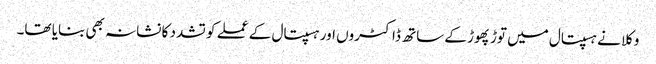
وکلا نے ہسپتال میں توڑ پھوڑ کے ساتھ ڈاکٹروں اور ہسپتال کے عملے کو تشدد کا نشانہ بھی بنایا تھا۔